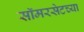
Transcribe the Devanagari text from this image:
सॉमरसेटच्या